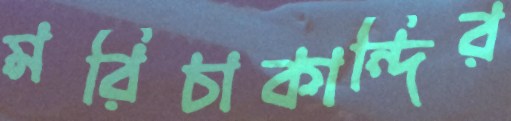
মরিচাকান্দির